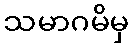
သမာဂမိမှ